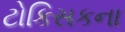
ટોકિસકના